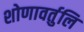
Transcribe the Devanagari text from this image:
शोणावर्तुलि